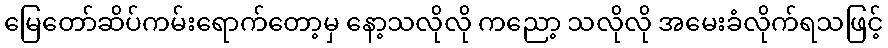
မြေတော်ဆိပ်ကမ်းရောက်တော့မှ နော့သလိုလို ကညော့ သလိုလို အမေးခံလိုက်ရသဖြင့်